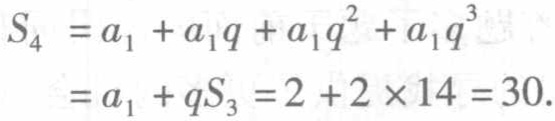
\[
\begin{align*}
S_{4}&=a_{1}+a_{1}q + a_{1}q^{2}+a_{1}q^{3}\\
&=a_{1}+qS_{3}=2 + 2\times14 = 30.
\end{align*}
\]